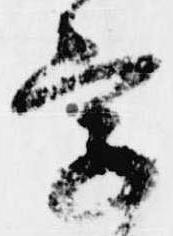
字